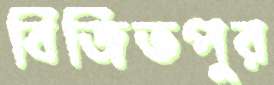
বিজিতপুর